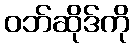
ဝဘ်ဆိုဒ်ကို